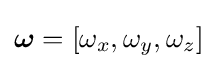
{\boldsymbol {\omega }}=[\omega _{x},\omega _{y},\omega _{z}]